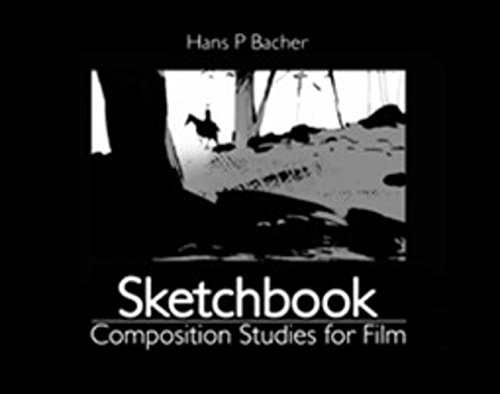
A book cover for Sketchbook: Composition Studies for Film; Hans P. Bacher; Arts & Photography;